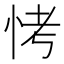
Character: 𪫭